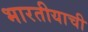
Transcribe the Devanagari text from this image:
भारतीयाची